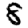
Digit: 8